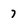
Character: 7